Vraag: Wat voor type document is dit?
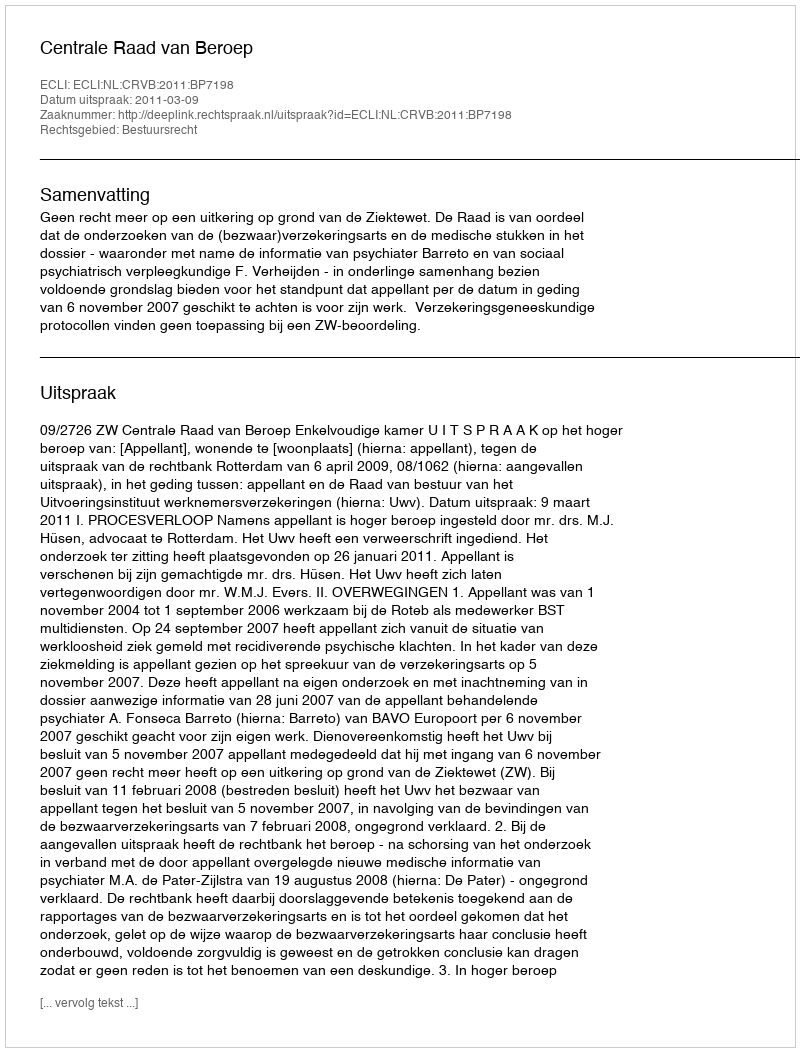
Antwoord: Uitspraak